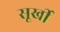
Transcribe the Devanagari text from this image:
सूर्खी